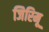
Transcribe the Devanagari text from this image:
जिरिमू